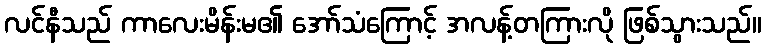
လင်နီသည် ကာလေးမိန်းမ၏ အော်သံကြောင့် အလန့်တကြားလို ဖြစ်သွားသည်။